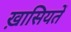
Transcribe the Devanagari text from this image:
ख़ासियतें